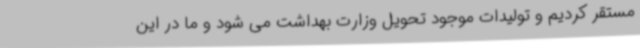
مستقر کردیم و تولیدات موجود تحویل وزارت بهداشت می شود و ما در این